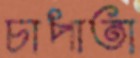
চাপাতা